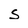
Character: S